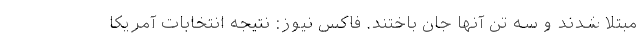
مبتلا شدند و سه تن آنها جان باختند. فاکس نیوز: نتیجه انتخابات آمریکا